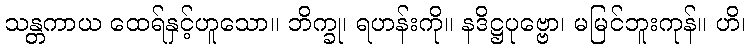
သန္တကာယ ထေရ်နှင့်ဟူသော။ ဘိက္ခု၊ ရဟန်းကို။ နဒိဋ္ဌပုဗ္ဗော၊ မမြင်ဘူးကုန်။ ဟိ၊